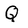
Character: Q